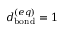
d _ { \mathrm { b o n d } } ^ { ( e q ) } = 1 \, \AA